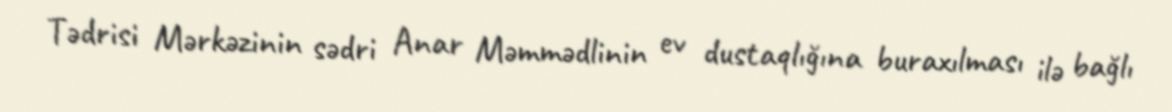
Tədrisi Mərkəzinin sədri Anar Məmmədlinin ev dustaqlığına buraxılması ilə bağlı